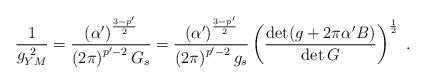
LaTeX: \begin{align*}\frac{1}{g_{YM}^{\ 2}} =\frac{\left(\alpha^{\prime}\right)^{\frac{3-p^{\prime}}{2}}} {\left(2\pi\right)^{p^{\prime}-2} G_{s}} =\frac{\left(\alpha^{\prime}\right)^{\frac{3-p^{\prime}}{2}}} {\left(2\pi\right)^{p^{\prime}-2}g_{s}} \left(\frac{\det (g+2\pi\alpha^{\prime}B)} {\det G}\right)^{\frac{1}{2}}~.\end{align*}